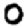
Digit: 0